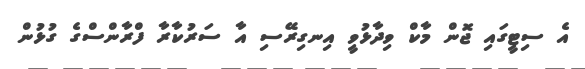
އެ ސިޓީގައި ޖޮން މާކް ވިދާޅުވީ އިނގިރޭސި އާ ސަރުކާރާ ފްރާންސްގެ ގުޅުން